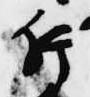
片